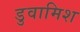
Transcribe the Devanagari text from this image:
डुवामिश